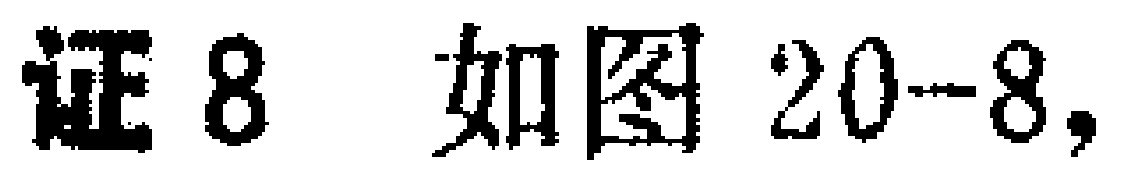
证8 如图20-8,